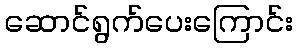
ဆောင်ရွက်ပေးကြောင်း